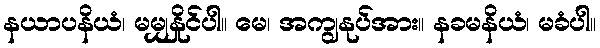
နယာပနိယံ၊ မမျှနှိုင်ပါ။ မေ၊ အကျွနုပ်အား။ နခမနိယံ၊ မခံပါ။